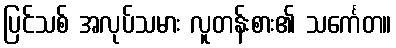
ပြင်သစ် အလုပ်သမား လူတန်းစား၏ သင်္ကေတ။